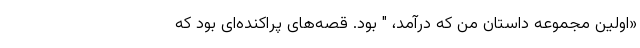
«اولین مجموعه داستان من که درآمد، " بود. قصه‌های پراکنده‌ای بود که